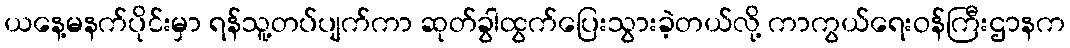
ယနေ့မနက်ပိုင်းမှာ ရန်သူ့တပ်ပျက်ကာ ဆုတ်ခွါထွက်ပြေးသွားခဲ့တယ်လို့ ကာကွယ်ရေးဝန်ကြီးဌာနက